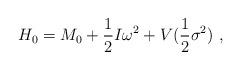
LaTeX: \begin{align*}H_0=M_0+\frac 12I\omega^2+V(\frac 12\sigma^2)\ ,\end{align*}